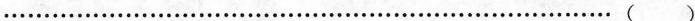
···········································································（）